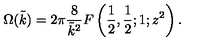
\Omega ( \tilde { k } ) = 2 \pi \frac { 8 } { \tilde { k } ^ { 2 } } F \left( \frac { 1 } { 2 } , \frac { 1 } { 2 } ; 1 ; z ^ { 2 } \right) .